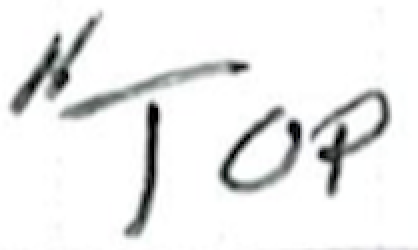
Text: "Top
Cross-out: clean
Writing tool: ballpoint